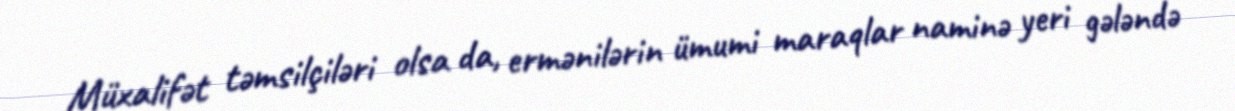
Müxalifət təmsilçiləri olsa da, ermənilərin ümumi maraqlar naminə yeri gələndə